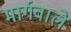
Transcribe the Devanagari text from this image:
मार्गवाले